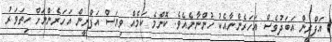
އަފްރީން އަބަދުވެސް އަހަރެންނާއެކު ހުންނާނެއެވެ. ކޮންމެ ކަމެއް ވިޔަސް އަފްރީން އަހަރެންނަށް ހިތަވަރު